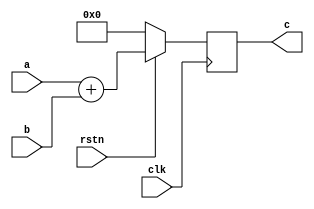
module four_bit_adder (
	input clk,
	input rstn,
	input[3:0] a,
    input[3:0] b,
    output reg [4:0] c
);

always @ (posedge clk) begin
	if (!rstn) begin
		c[4:0] = 'b00000;
	end
	else begin
		c[4:0] = a[3:0] + b[3:0];
	end
end

endmodule